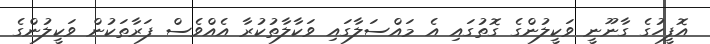
އޮފީހުގެ ގާނޫނީ ވަކީލުންގެ ގޮތުގައި އެ މައްސަލާގައި ވަކާލާތުކުރާ އެއްވެސް ފަރާތަކުން ވަކީލުންގެ